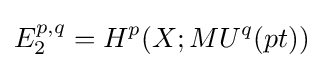
E_{2}^{p,q}=H^{p}(X;MU^{q}(pt))